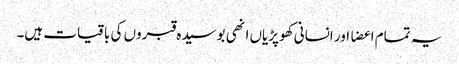
یہ تمام اعضا اور انسانی کھوپڑیاں انھی بوسیدہ قبروں کی باقیات ہیں۔